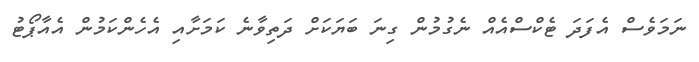
ނަމަވެސް އެފަދަ ޓެކްސްއެއް ނެގުމުން ގިނަ ބަޔަކަށް ދަތިވާނެ ކަމަށާއި އެހެންކަމުން އެއާޕޯޓު